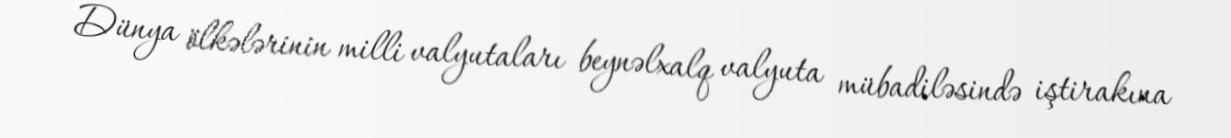
Dünya ölkələrinin milli valyutaları beynəlxalq valyuta mübadiləsində iştirakına